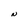
Character: N